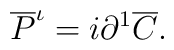
\overline P ^\iota   = i\partial ^1 \overline C.